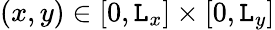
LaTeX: (x,y)\in[0,\mathtt{L}_{x}]\times[0,\mathtt{L}_{y}]